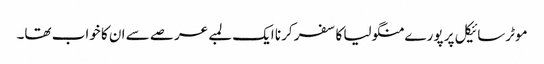
موٹرسائیکل پر پورے منگولیا کا سفر کرنا ایک لمبے عرصے سے ان کا خواب تھا۔